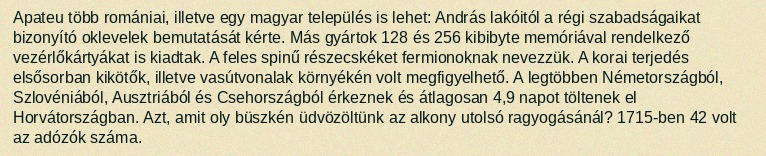
Apateu több romániai, illetve egy magyar település is lehet: András lakóitól a régi szabadságaikat bizonyító oklevelek bemutatását kérte. Más gyártok 128 és 256 kibibyte memóriával rendelkező vezérlőkártyákat is kiadtak. A feles spinű részecskéket fermionoknak nevezzük. A korai terjedés elsősorban kikötők, illetve vasútvonalak környékén volt megfigyelhető. A legtöbben Németországból, Szlovéniából, Ausztriából és Csehországból érkeznek és átlagosan 4,9 napot töltenek el Horvátországban. Azt, amit oly büszkén üdvözöltünk az alkony utolsó ragyogásánál? 1715-ben 42 volt az adózók száma.